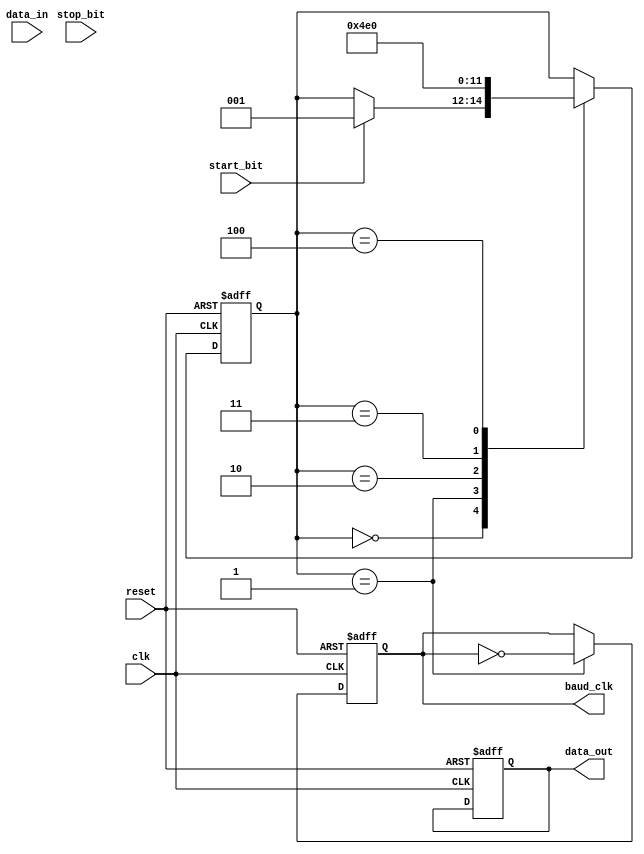
module UART_timing_control_and_sync (
  input wire clk,
  input wire reset,
  input wire start_bit,
  input wire stop_bit,
  input wire data_in,
  output reg baud_clk,
  output reg data_out
);

reg [2:0] state;

parameter IDLE = 3'b000;
parameter BAUD_RATE = 3'b001;
parameter SAMPLE = 3'b010;
parameter TRANSMIT = 3'b011;
parameter RECEIVE = 3'b100;

always @ (posedge clk or posedge reset) begin
  if (reset) begin
    state <= IDLE;
    baud_clk <= 0;
    data_out <= 0;
  end else begin
    case (state)
      IDLE: begin
        if (start_bit) begin
          state <= BAUD_RATE;
        end
      end
      BAUD_RATE: begin
        // Baud rate clock generation logic
        baud_clk <= ~baud_clk;
        state <= SAMPLE;
      end
      SAMPLE: begin
        // Data sampling logic
        state <= TRANSMIT;
      end
      TRANSMIT: begin
        // Transmit data logic
        state <= RECEIVE;
      end
      RECEIVE: begin
        // Receive data logic
        state <= IDLE;
      end
    endcase
  end
end

endmodule